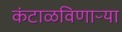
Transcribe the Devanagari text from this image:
कंटाळविणाऱ्या